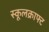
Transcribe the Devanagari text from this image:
स्कूलक्राफ्ट